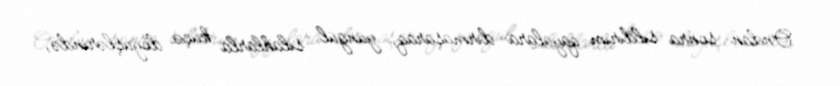
Ondan sonra sıldırım qayalara dırmaşaraq, yüngül silahlarla küçə döyüşlərində,